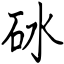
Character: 砅